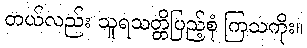
တယ်လည်း သူရသတ္တိပြည့်စုံ ကြသကိုး။